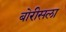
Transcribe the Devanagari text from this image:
बोरीसला